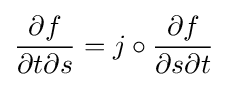
{\frac {\partial f}{{\partial t}{\partial s}}}=j\circ {\frac {\partial f}{{\partial s}{\partial t}}}